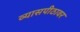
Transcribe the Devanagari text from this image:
व्‍यासपीठावर